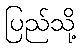
ပြည်သို့